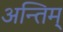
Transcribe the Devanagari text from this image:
अन्तिम्